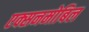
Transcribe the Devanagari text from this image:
एक्सनमोबिल